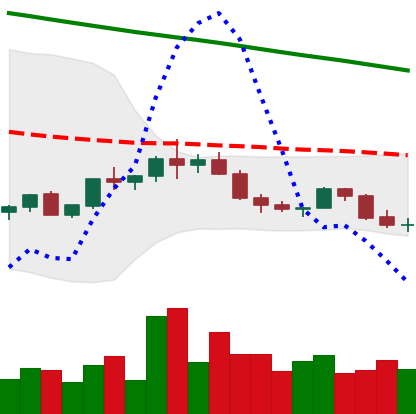
Ticker: ADA-USD
Chart end date: 2022-02-19
Forward return: -14.461%
Label: down_7plus